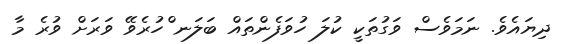
ދިޔައެވެ. ނަމަވެސް ވަގުތަކީ ކުލަ ހުވަފެންތައް ބަލަނ ްހުރެވޭ ވަރަށް ވުރެ މާ